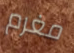
مغرم